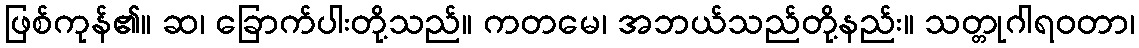
ဖြစ်ကုန်၏။ ဆ၊ ခြောက်ပါးတို့သည်။ ကတမေ၊ အဘယ်သည်တို့နည်း။ သတ္တုဂါရဝတာ၊